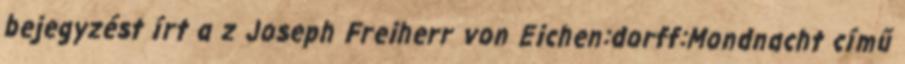
bejegyzést írt a z Joseph Freiherr von Eichen:dorff:Mondnacht című